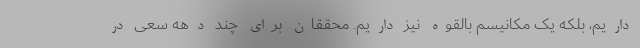
داریم، بلکه یک مکانیسم بالقوه نیز داریم. محققان برای چند دهه سعی در